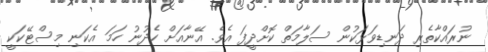
ނުރައްކާތެރި ދަނޑިވަޅަކުން ސަލާމަތް ކޮށްދީފަ އެވެ. އޭނާއަށް ހެދުނު ހަމަ އެކަނި މިސްޓޭކަކީ